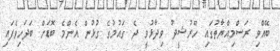
ބޭއްވި ރަސްމިއްޔާތުގައި ހޫރުޝީދު ވިދާޅުވީ ދެ ގައުމުގެ ގުޅުން އެންމެ ބޮޑަށް ބަދަހިވެފައި